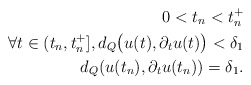
\begin{align*} 0<t_n<t_n^+\\\forall t\in (t_n,t_n^+], d_Q\big(u(t),\partial_tu(t)\big)<\delta_1\\d_Q(u(t_n),\partial_tu(t_n))=\delta_1.\end{align*}